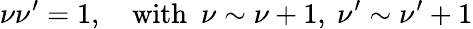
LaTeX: \nu\nu^{\prime}=1,\ \ \ \ \mathrm{with}\ \ \nu\sim\nu+1,\ \nu^{\prime}\sim\nu^{\prime}+1